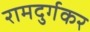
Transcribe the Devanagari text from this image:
रामदुर्गकर